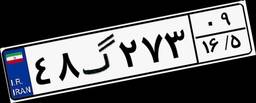
۴۸گ۲۷۳۰۹